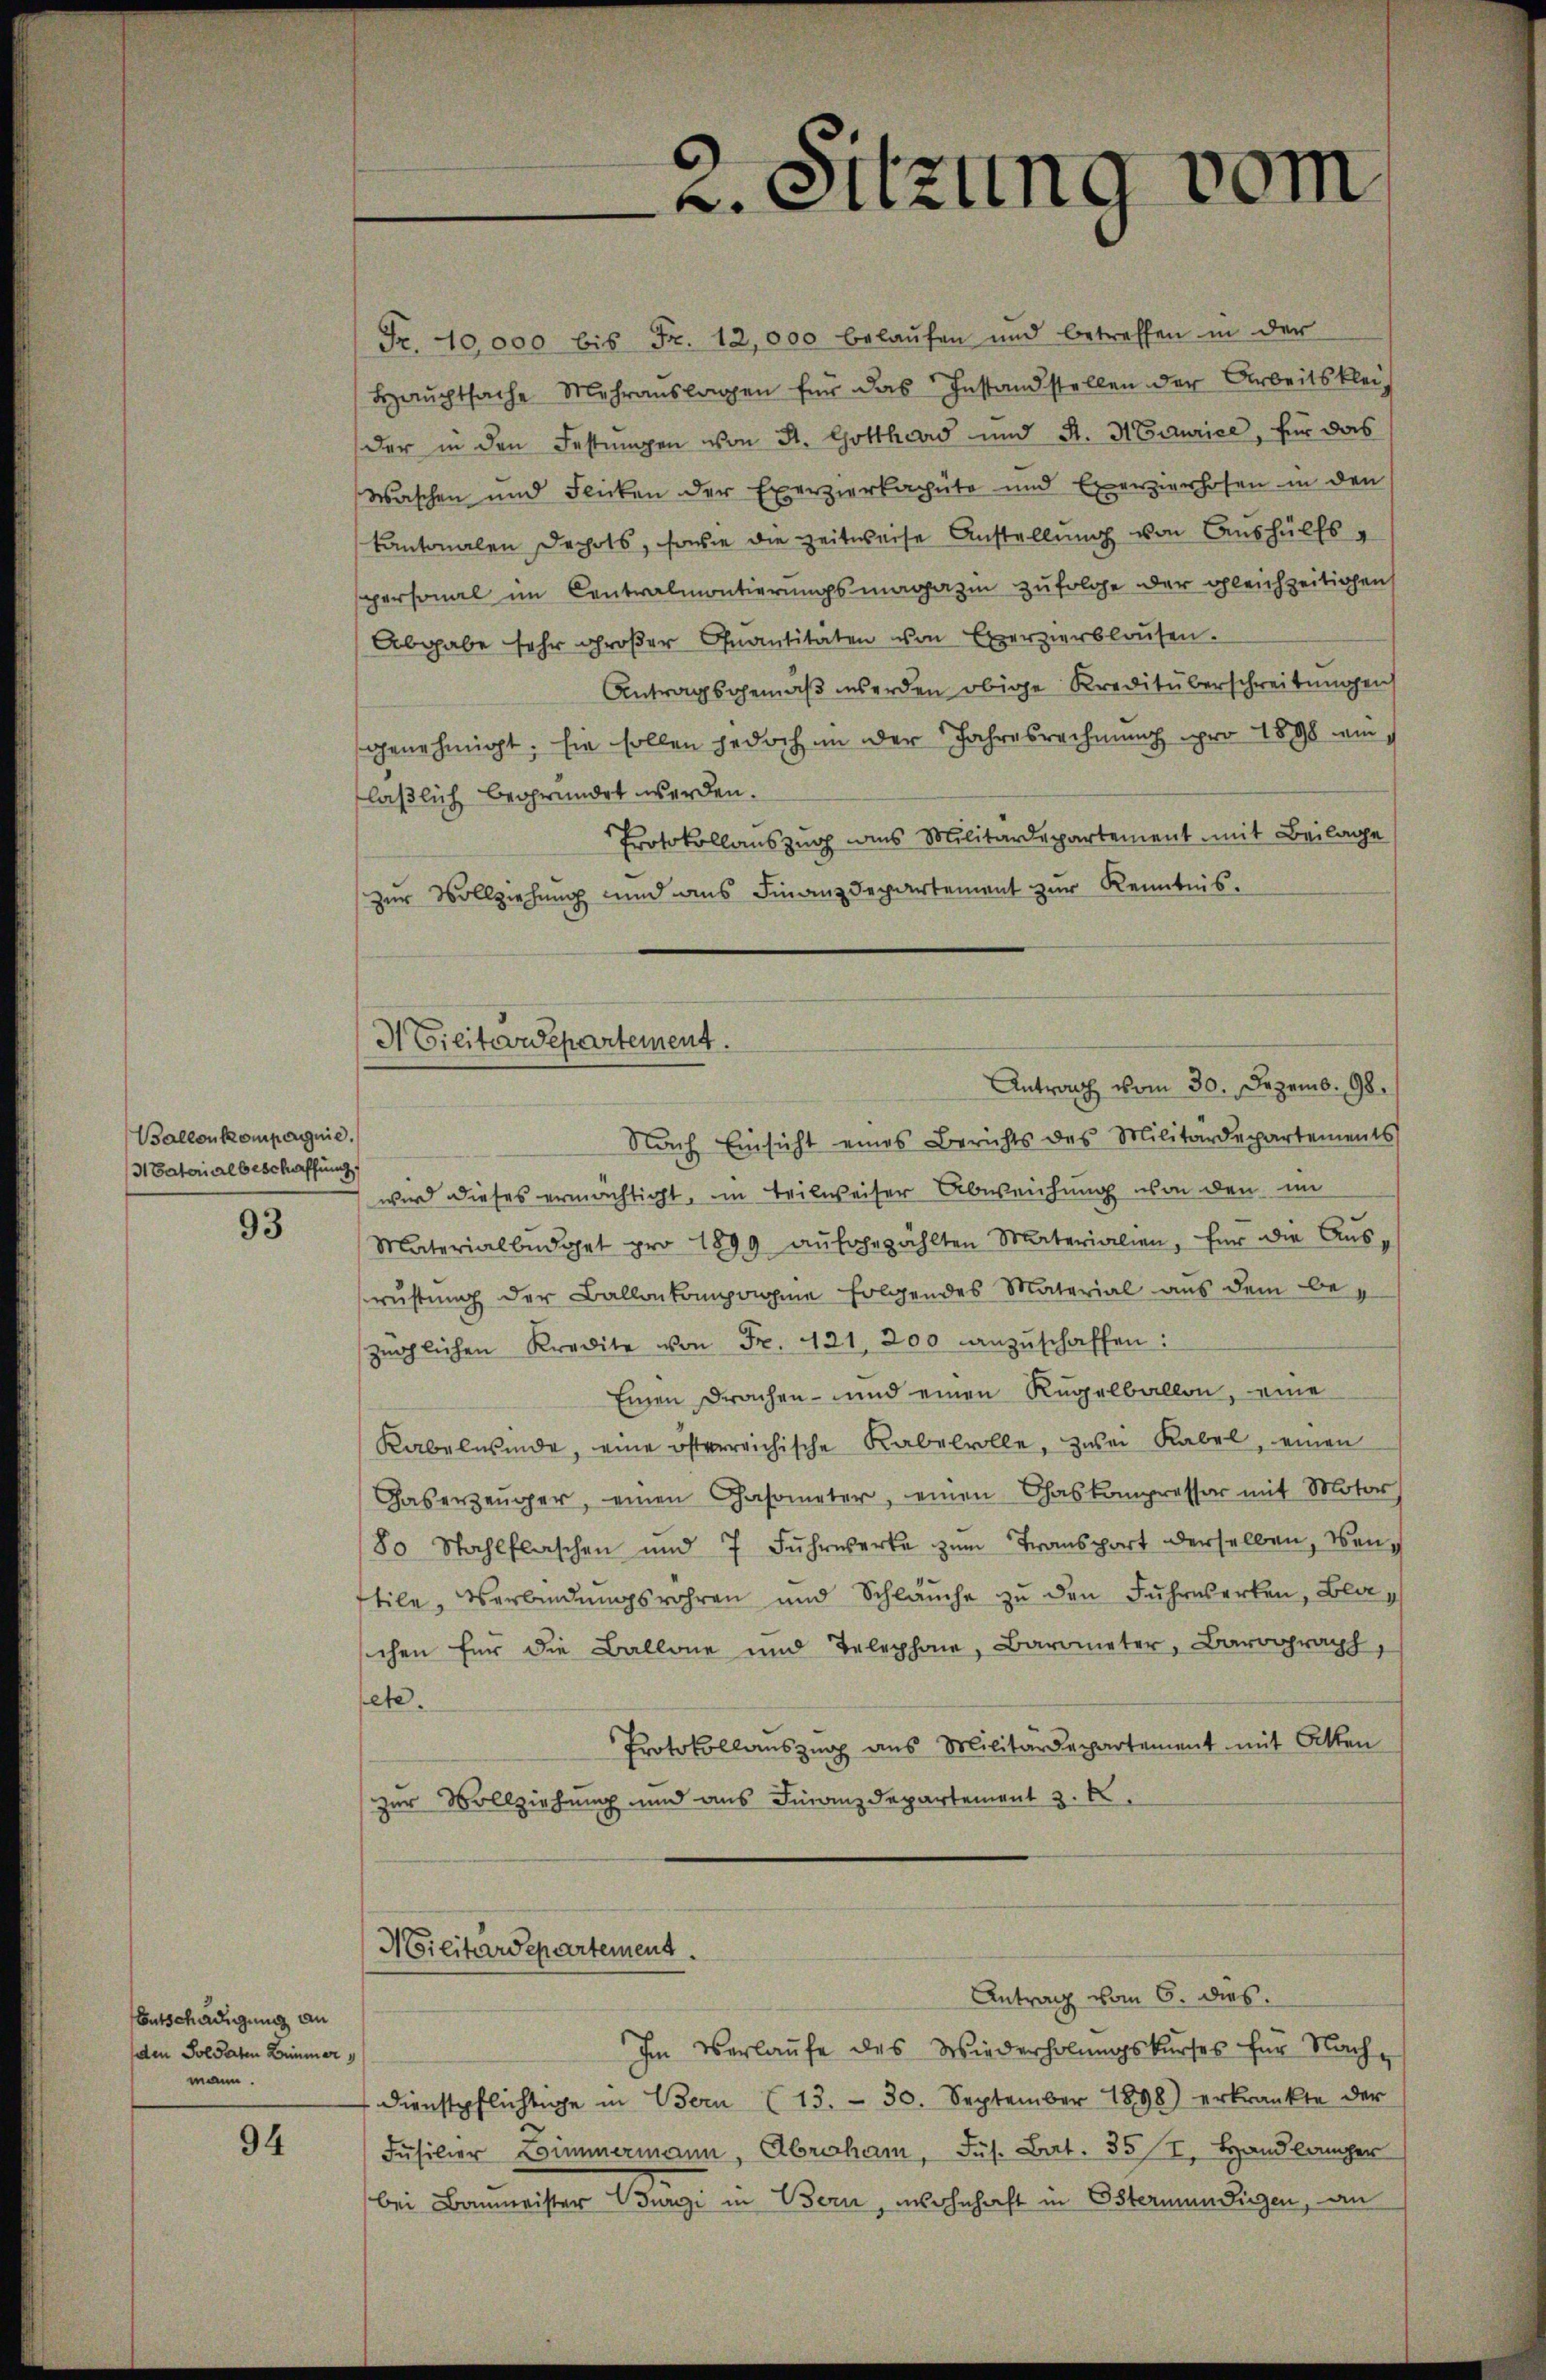
Ballenkompagnie
Natorialbeschaffung

93

Entschädigung an
den Soldaten Zimmer
mann.

94

Fr. 10,000 bis Fr. 12,000 belaufen und betreffen in der
Haŭchtsache Mehranslagen für das Instand stellen der Arbeitskleider in den Festungen von St. Gotthias und St. Maurice, für das
Waschen und Flicken der Exerzierkaphüte und Exerzierhofen in den
kantonalen Dechts, sowie die Zeitweise Anstellung von Aushülfsspersonal im Centralmontierungsmagazin zufolge der gleichzeitigen
Abgabe sehr groβer Quantitäten von Exerzierblosen.
Antragsgemäβ werden obige Kreditüberschreitungen
genehmigt. Ein sollen jedoch in der Jahresrechnung pro 1898 in
läßlich begründet werden.
Protokollauszug aus Militärdepartement mit Beilage
zur Vollziehung und aus Finanzdepartement zur Kenntnis-
Antrag vom 30. Dezemb. 98.
Nach Einsicht eines Berichts des Militärdepartements
wird dieses ermachtigt, in teilweiser Abweichung von den im
Materialbŭdget pro 1899 aŭfgezählten Materialien, für die Ausrüstung der Ballotompagnie folgendes Material aus dem bezüglichen Kredite von Fr. 421. 200 anzŭschaffen:
Einen Drachen- und einen Regelballon, eine
Kabelwinde, eine österreichische Rabelvolle, zwei Rabel, einen
Faserzeuger, einen Chasometer, einen Chaskompresser mit Motor
80 Wahlflaschen und 7 Fŭhrwerke zŭm Transport derselben, wentile, Verbindŭngsrahren und Schläŭche zŭ den Fuhrwerken, Bla
chen für die Ballone und Telephone, Barometer, Barograph,
ete.
Protokollauszug aus Militärdepartement mit Atten
zur Vollziehung und aus Finanzdepartement z. B.

A Gilitärdepartement.

Militärdepartement.

2. Sitzung vom

Antrag vom 6. dies
Im Verlaufe des Wiederholungskurses für Nachdienstpflichtige in Bern (13. - 30. September 1898) erkränkte der
Füsilier Zimmermann, Abraham, Jus. Bat. 357, Handlanger
bei Baumeister Burgi in Bern, wohnhaft in Österium fügen, an